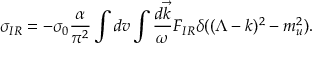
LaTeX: \sigma _ { I R } = - \sigma _ { 0 } { \frac { \alpha } { \pi ^ { 2 } } } \int d v \int { \frac { d \vec { k } } { \omega } } F _ { I R } \delta ( ( \Lambda - k ) ^ { 2 } - m _ { u } ^ { 2 } ) .